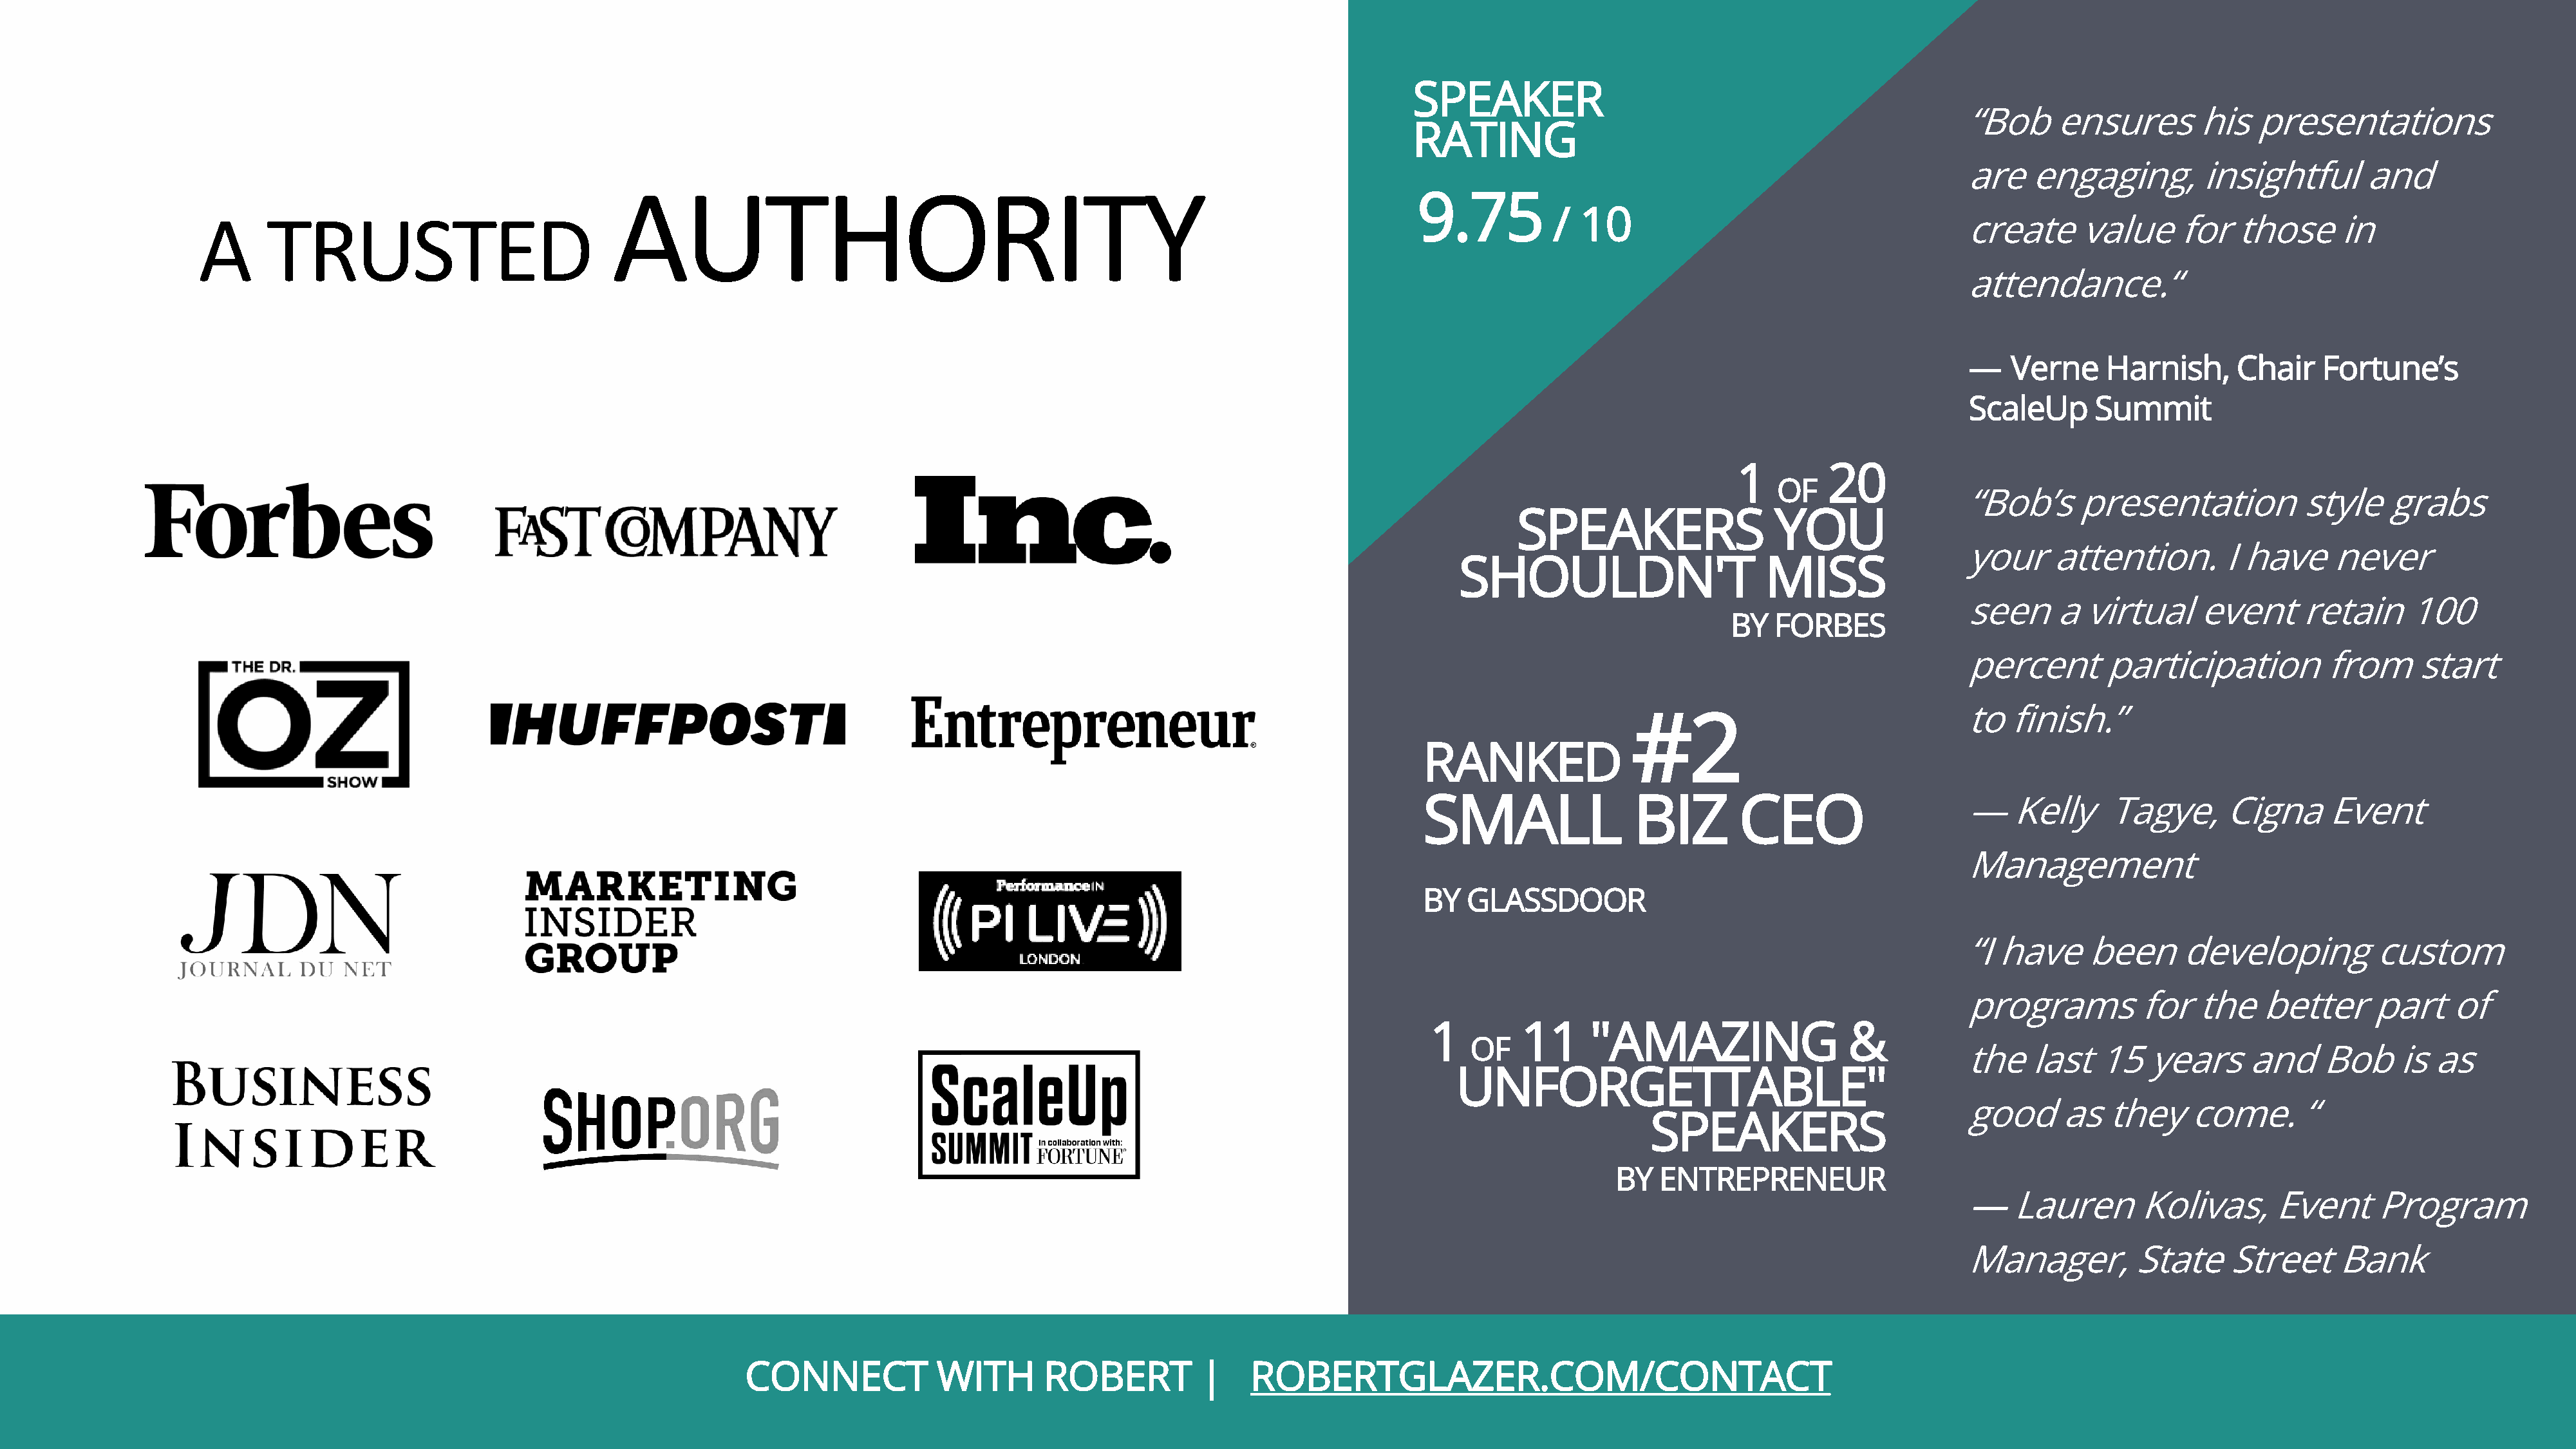
SPEAKER
 “Bob     ensures        his   presentations
 RATING
 are    engaging,        insightful       and
 AUTHORITY
 9.75
 / 10
 A      TRUSTED                                                                                                                                                                        create      value     for   those     in
 attendance.“
 —    Verne    Harnish,      Chair    Fortune’s
 ScaleUp      Summit
 1        20
 OF
 “Bob’s      presentation           style   grabs
 SPEAKERS                  YOU
 your     attention.        I have     never
 SHOULDN'T                      MISS
 seen     a  virtual     event      retain     100
 BY  FORBES
 percent       participation          from     start
 to   finish.”
 #2
 RANKED
 SMALL                 BIZ        CEO                    —Kelly         Tagye,      Cigna     Event
 Management
 BY   GLASSDOOR
 “I have     been      developing          custom
 programs          for   the   better      part    of
 1        11     "AMAZING                   &
 OF
 the    last   15   years     and     Bob    is  as
 UNFORGETTABLE"
 good      as   they    come.       “
 SPEAKERS
 BY   ENTREPRENEUR
 —Lauren           Kolivas,      Event     Program
 Manager,         State     Street     Bank
 CONCONNECNTE       WCTIT WHI  TRHO  BREORBTE   R T6 1|7 - R26O4B-0ER33T4G   L A| Z ERRO.CBOERMT/GCLOANZTEARC.CTOM